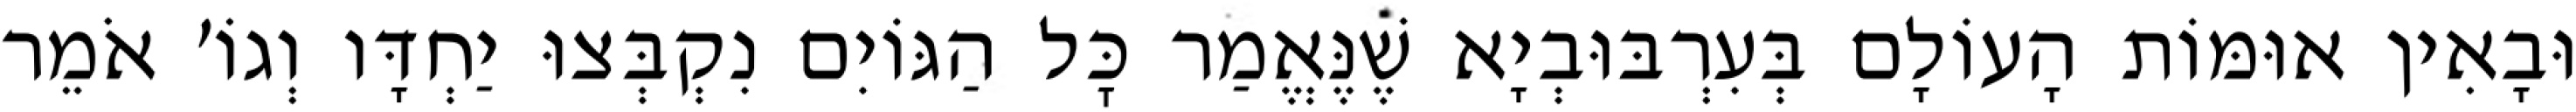
וּבָאִין אוּמּוֹת הָעוֹלָם בְּעִרְבּוּבְיָא שֶׁנֶּאֱמַר כׇּל הַגּוֹיִם נִקְבְּצוּ יַחְדָּו וְגוֹ׳ אֹמֵר